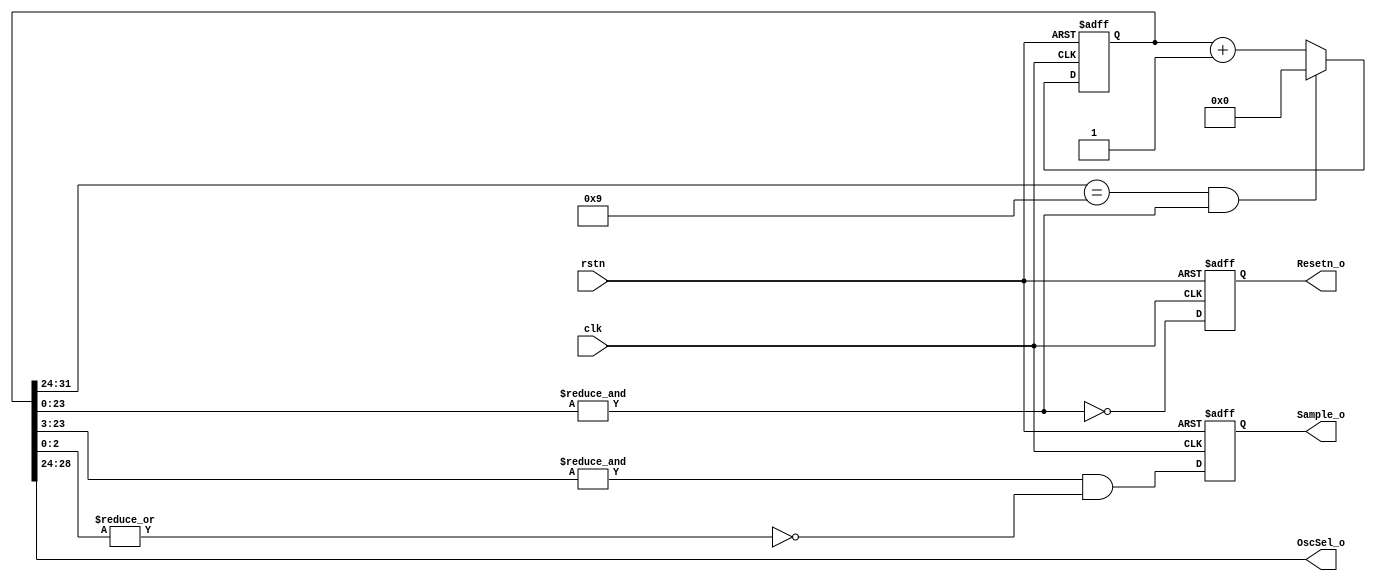
module  CounterControl #(
    parameter                       NumOsc = 10
)   (
    input   wire                    clk,
    input   wire                    rstn,


    output  wire    [4:0]           OscSel_o,
    output  wire                    Sample_o,
    output  wire                    Resetn_o
);

reg     [31:0]  Counter = 32'b0;

always@(posedge clk or negedge rstn) begin
    if(~rstn)
        Counter <=  32'b0;
    //else if((Counter[31:27] == NumOsc - 1) && &Counter[26:0])
    else if((Counter[31:24] == NumOsc - 1) && &Counter[23:0])
        Counter <=  32'b0;
    else
        Counter <=  Counter +   1'b1; 
end

reg             SampleReg = 1'b0;

// SRAM ,  Counter[26:0] == 0x1ffff , SampleReg 1, 0.
always@(posedge clk or negedge rstn) begin
    if(~rstn)
        SampleReg   <=  1'b0;
    else
        //SampleReg <= ~|Counter[26:17] & &Counter[16:0];
        SampleReg <= &Counter[23:3] & ~|Counter[2:0];
end


reg ResetnReg = 1'b0;

always@(posedge clk or negedge rstn) begin
    if(~rstn)
        ResetnReg   <=  1'b0;
    else 
        //ResetnReg   <=  ~&Counter[26:0];
        ResetnReg   <=  ~&Counter[23:0];
end

assign  Resetn_o        =   ResetnReg;
assign  Sample_o        =   SampleReg;
//assign  OscSel_o        =   Counter[31:27];
assign  OscSel_o        =   Counter[28:24];

endmodule